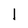
Character: l